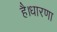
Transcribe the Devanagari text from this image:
है।धारणा